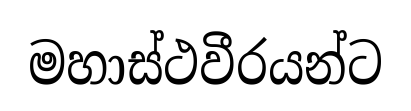
මහාස්ථවීරයන්ට